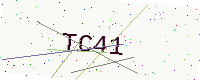
Text: TC41